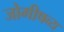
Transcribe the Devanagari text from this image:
जोगीषव्य